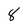
Character: 8